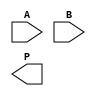
module Radix8WallaceTreeMultiplier #(parameter WIDTH = 8) (
    input [WIDTH-1:0] A,        // Multiplicand
    input [WIDTH-1:0] B,        // Multiplier
    output [2*WIDTH-1:0] P      // Product
);
    // Internal wires for partial products
    wire [(WIDTH*8)-1:0] pp; // For 8 partial products per bit

    // Generate Partial Products
    genvar i;
    generate
        for (i = 0; i < WIDTH; i = i + 1) begin : partial_products
            assign pp[(i*8) +: 8] = A & {8{B[i]}}; // Partial product for bit i
        end
    endgenerate

    // Reduction Stage using Wallace Tree
    wire [(WIDTH*4)-1:0] sum;
    wire [(WIDTH*4)-1:0] carry;

    // Wallace Tree Structure
    // 1st reduction stage (combine groups of 8)
    generate
        for (i = 0; i < WIDTH; i = i + 1) begin : reduction_stage1
            assign {carry[(i/2)*4 + 2 + i%2], sum[(i/2)*4 + i%2]} = pp[(i*8) +: 8] + pp[((i+1)*8) +: 8]; // Sum and Carry
        end
    endgenerate

    // 2nd reduction stage (combine groups of 4)
    wire [(WIDTH*2)-1:0] final_sum;
    wire [(WIDTH*2)-1:0] final_carry;
    generate
        for (i = 0; i < WIDTH/2; i = i + 1) begin : reduction_stage2
            assign {final_carry[(i/2)*2 + 1], final_sum[i]} = sum[(i*4) +: 4] + sum[((i+1)*4) +: 4];
        end
    endgenerate

    // Final sum to achieve product output
    assign P = final_sum + final_carry;

endmodule